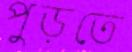
পুড়তে